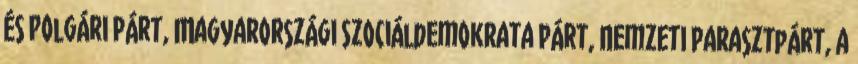
és Polgári Párt, Magyarországi Szociáldemokrata Párt, Nemzeti Parasztpárt, a